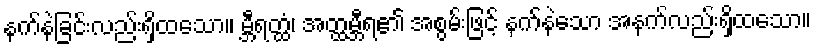
နက်နဲခြင်းလည်းရှိထသော။ မ္ဘီရတ္ထံ၊ အတ္ထမ္ဘီရ၏ အစွမ်းဖြင့် နက်နဲသော အနက်လည်းရှိထသော။